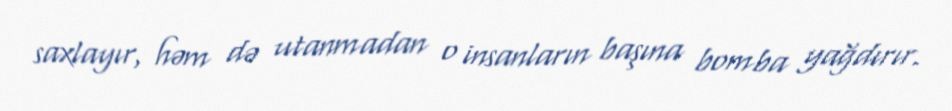
saxlayır, həm də utanmadan o insanların başına bomba yağdırır.